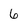
Character: 6